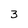
Character: 3